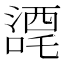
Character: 𭊼